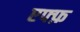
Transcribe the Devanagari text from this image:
एफ्फ़